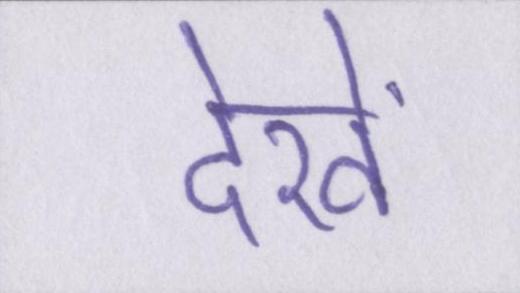
देखें